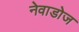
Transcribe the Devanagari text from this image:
नेवाडोज